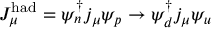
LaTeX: J _ { \mu } ^ { \mathrm { h a d } } = \psi _ { n } ^ { \dagger } j _ { \mu } \psi _ { p } \rightarrow \psi _ { d } ^ { \dagger } j _ { \mu } \psi _ { u }